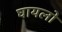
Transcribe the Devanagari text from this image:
घायलो